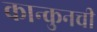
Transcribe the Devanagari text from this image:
कान्कुनची